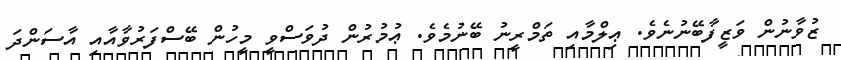
ޒުވާނުން ވަޒީފާބޭނުނެވެ. ޢިލްމާއި ތަމްރީނު ބޭނުމެވެ. ޢުމުރުން ދުވަސްވީ މީހުން ބޭސްފަރުވާއާއި އާސަންދަ